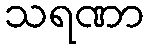
သရဏာ